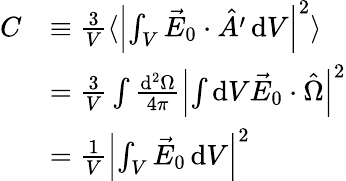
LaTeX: \begin{array}{rl}{C}&{\equiv\frac{3}{V}\langle\left\vert{\int}_{V}\, \vec{E}_{0}\cdot\hat{A^{\prime}}\, \mathrm{d}V\right\vert^{2}\rangle}\\ &{=\frac{3}{V}\int\frac{\mathrm{d}^{2}\Omega}{4\pi}\left\vert\int\mathrm{d}V\vec{E}_{0}\cdot\hat{\Omega}\right\vert^{2}}\\ &{=\frac{1}{V}\left\vert{\int}_{V}\, \vec{E}_{0}\, \mathrm{d}V\right\vert^{2}}\end{array}